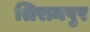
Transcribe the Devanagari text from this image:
श्रिरामपुर